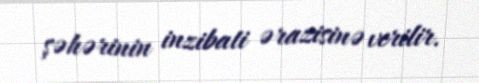
şəhərinin inzibati ərazisinə verilir.